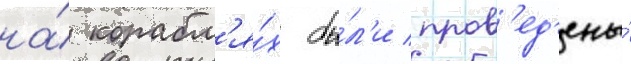
на́ корабл'я́х бы́л'и пров'ед'ены́